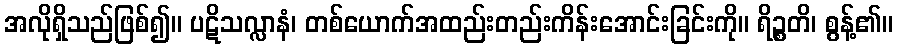
အလိုရှိသည်ဖြစ်၍။ ပဋိသလ္လာနံ၊ တစ်ယောက်အထည်းတည်းကိန်းအောင်းခြင်းကို။ ရိဉ္စတိ၊ စွန့်၏။